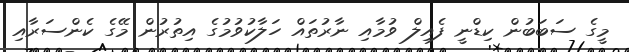
މީގެ ސަބަބުން ކިޑްނީ ފެއިލް ވުމާއި ނާރުތައް ހަލާކުވުމުގެ އިތުރުން މޭގެ ކެންސަރާއި